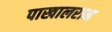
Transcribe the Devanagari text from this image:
पाखालराम